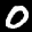
Label: 0